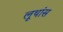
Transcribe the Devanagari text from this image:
लूथांस